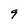
Character: 9